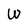
Character: W